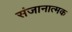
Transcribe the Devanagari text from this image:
संजानात्मक